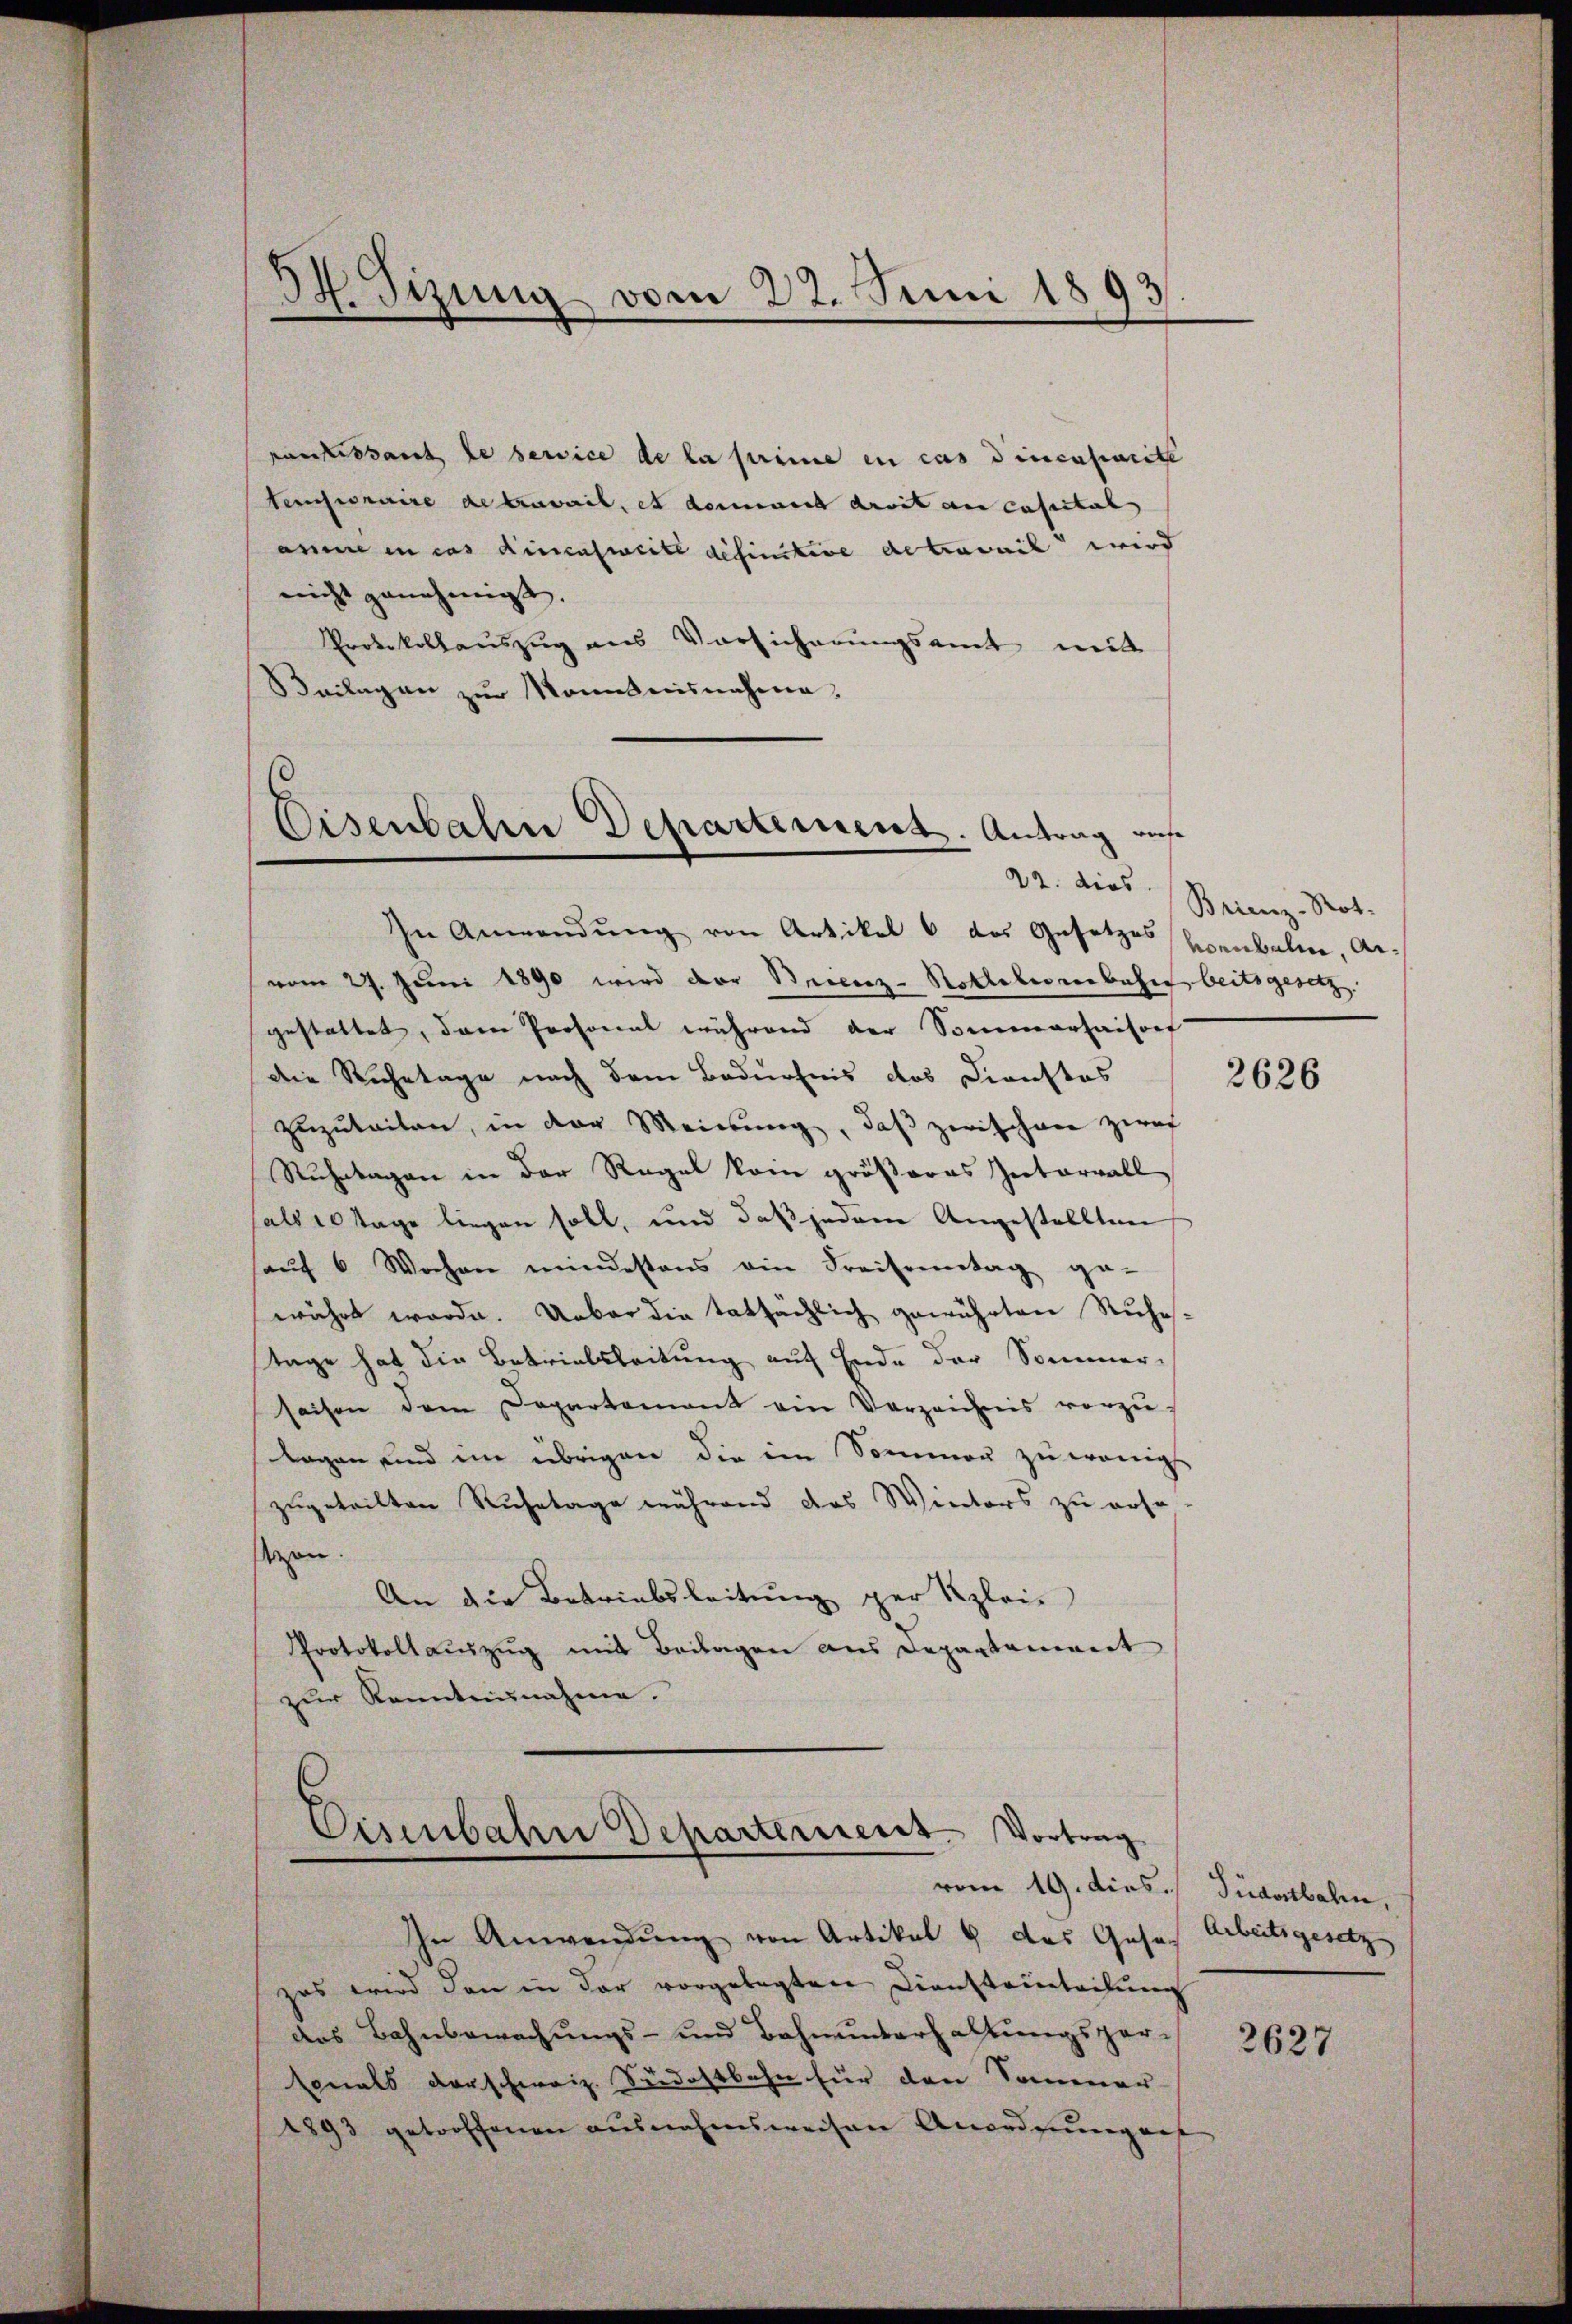
punctissant le service de la prime in cas dincapacite
tensionaire de beweil, et damit droit an cassital
anne in cas dincusweite definitive de travail wird
nicht genehmigt.
Protokollauszug aus Vorsicherŭngsamt mit
Beilagen zŭr Montesnahme,

3. Sizung vom 22. Juni 1893

Eisenbahn Departement. Antrag auf
22. dies

In Anwendung von Artikel 6 des Gesetzessenbahne, Ge-
vom 27. Juni 1890 wird der Steienz-Nothekerverbahn beitsgesetz.
gestattet, dem Prosonal während der Sommerhausorf
die Ruhetage nach dem Bedürfnis des Dienstos
zuzuteilen, in der Meinung, daß zwischen zwei
Ruhetagen in der Regel kein größeres Interrall
halb 10 Tage liegen soll, und daß jedem Angestellten
haŭf 6 Wochen mindestens ein Fraisonntag ge-
währt werde. Unbar die tatsächlich gewührten Ruhes-
stage hat die Betrielsleitung auf Ende der Sommerseisen dem Departement ein Verzeichnis vorzŭ-
lagen sind im übrigen die im Sommen zu wenigs
zugeteilten Ruhetage während das Winters zu rese-
zon.
An die Betriebsleitung per Klei
Protokoll auszug mit Beilagen aus Departament
zŭr Kenntnunahme.
Eisenbahne Departerient. Vortrag

vom 19. dies. Südostbahn,

In Anwendŭng von Artikel 8 das Geset
zas wird den in der vorgelegten Diensteinteilung
das Bahnbewachungs- und Bahnunterhaltungspor¬
Canals darschweiz. Südostbahn für den Sommer
1893 getroffenen ausnahmsweisen Anordnung auf

Brienz-Not.

2626

Arbeitsgesetz |

2627